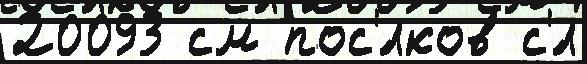
20093 см пос'́лков с'́л